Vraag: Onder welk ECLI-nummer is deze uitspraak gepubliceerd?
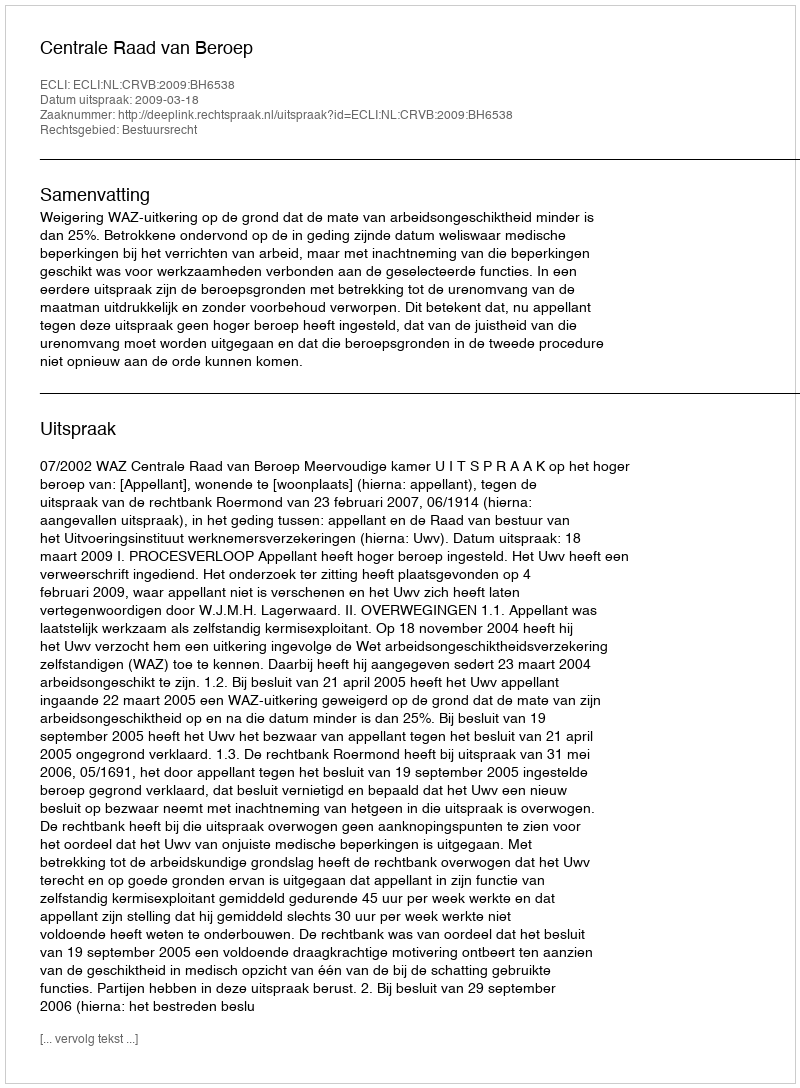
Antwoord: ECLI:NL:CRVB:2009:BH6538